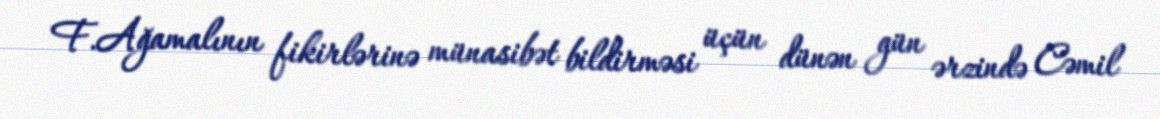
F.Ağamalının fikirlərinə münasibət bildirməsi üçün dünən gün ərzində Cəmil